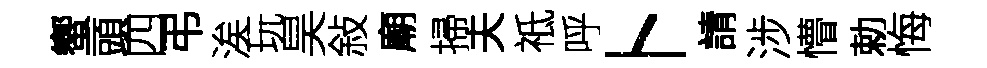
蠁頭四弔涘玩昊敍廟掃夫祗呼卜請涉懵勅悔